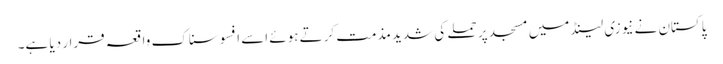
پاکستان نے نیوزی لینڈ میں مسجد پر حملے کی شدید مذمت کرتے ہوئے اسے افسوسناک واقعہ قرار دیا ہے۔